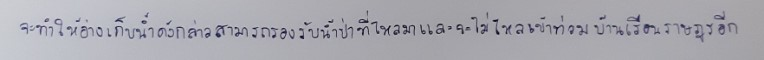
จะทำให้อ่างเก็บน้ำดังกล่าวสามารถรองรับน้ำป่าที่ไหลมาและจะไม่ไหลเข้าท่วมบ้านเรือนราษฎรอีก